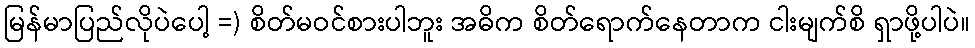
မြန်မာပြည်လိုပဲပေါ့ =) စိတ်မဝင်စားပါဘူး အဓိက စိတ်ရောက်နေတာက ငါးမျက်စိ ရှာဖို့ပါပဲ။